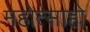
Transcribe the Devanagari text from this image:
महोत्साहो